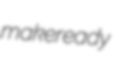
makeready